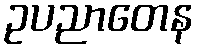
ဥပညာတေန